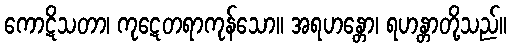
ကောဋိသတာ၊ ကုဋေတရာကုန်သော။ အရဟန္တော၊ ရဟန္တာတို့သည်။